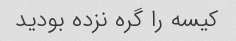
کیسه را گره نزده بودید